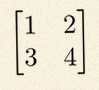
\begin{bmatrix}1&2\\3&4\end{bmatrix}